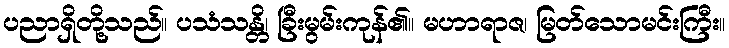
ပညာရှိတို့သည်။ ပသံသန္တိ၊ ခြီးမွမ်းကုန်၏။ မဟာရာဇ၊ မြတ်သောမင်းကြီး။